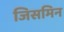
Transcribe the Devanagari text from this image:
जिसमिन